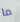
ما